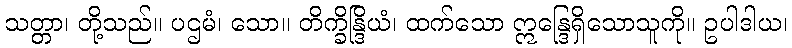
သတ္တာ၊ တို့သည်။ ပဌမံ၊ သော။ တိက္ခိန္ဒြိယံ၊ ထက်သော ဣန္ဒြေရှိသောသူကို။ ဥပါဒါယ၊